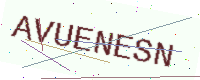
Text: AVUENESN